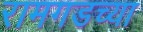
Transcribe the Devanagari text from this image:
रामगडच्या